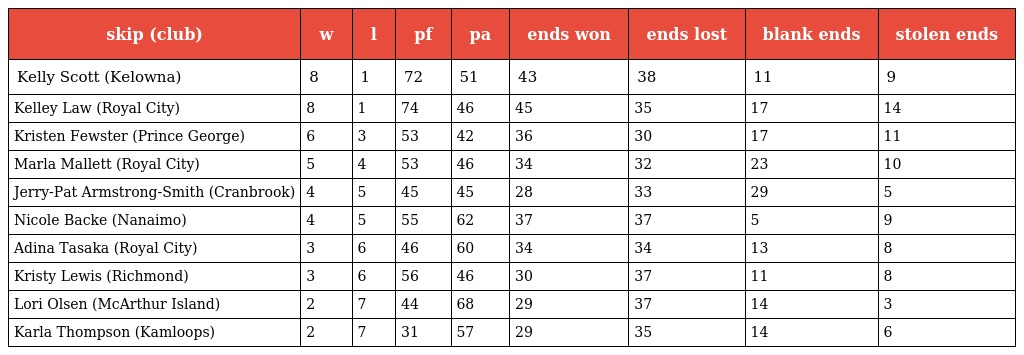
| skip (club) | w | l | pf | pa | ends won | ends lost | blank ends | stolen ends |
 | --- | --- | --- | --- | --- | --- | --- | --- | --- |
 | Kelly Scott (Kelowna) | 8 | 1 | 72 | 51 | 43 | 38 | 11 | 9 |
 | Kelley Law (Royal City) | 8 | 1 | 74 | 46 | 45 | 35 | 17 | 14 |
 | Kristen Fewster (Prince George) | 6 | 3 | 53 | 42 | 36 | 30 | 17 | 11 |
 | Marla Mallett (Royal City) | 5 | 4 | 53 | 46 | 34 | 32 | 23 | 10 |
 | Jerry-Pat Armstrong-Smith (Cranbrook) | 4 | 5 | 45 | 45 | 28 | 33 | 29 | 5 |
 | Nicole Backe (Nanaimo) | 4 | 5 | 55 | 62 | 37 | 37 | 5 | 9 |
 | Adina Tasaka (Royal City) | 3 | 6 | 46 | 60 | 34 | 34 | 13 | 8 |
 | Kristy Lewis (Richmond) | 3 | 6 | 56 | 46 | 30 | 37 | 11 | 8 |
 | Lori Olsen (McArthur Island) | 2 | 7 | 44 | 68 | 29 | 37 | 14 | 3 |
 | Karla Thompson (Kamloops) | 2 | 7 | 31 | 57 | 29 | 35 | 14 | 6 |